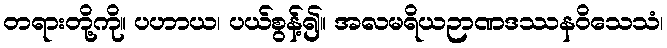
တရားတို့ကို။ ပဟာယ၊ ပယ်စွန့်၍။ အလမရိယဉာဏဒဿနဝိသေသံ၊